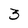
Character: 3